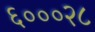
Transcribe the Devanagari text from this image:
६०००२८